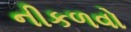
નીકળવો